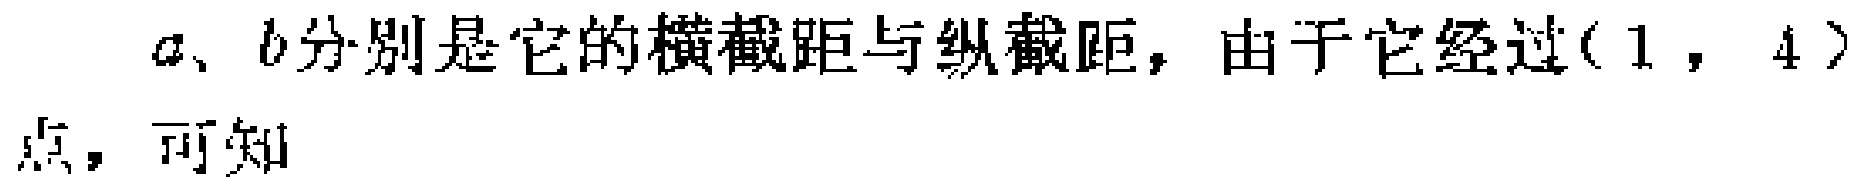
\(a、b分别是它的横截距与纵截距，由于它经过(1，4)\\点，可知\)